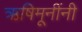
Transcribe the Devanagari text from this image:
ऋषिमूनींनी